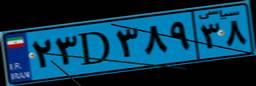
۲۳D۳۸۹۳۸